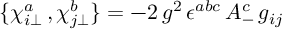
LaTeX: \{ \chi _ { i \bot } ^ { a } \, , \chi _ { j \bot } ^ { b } \} = - 2 \, g ^ { 2 } \, \epsilon ^ { a b c } \, A _ { - } ^ { c } \, g _ { i j }